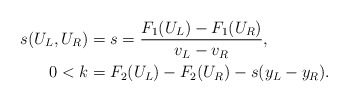
\begin{align*}s_{}(U_L,U_R)&=s=\frac{F_1(U_L)-F_1(U_R)}{v_{L}-v_{R}}, \\0<k&=F_2(U_L)-F_2(U_R)-s(y_{L}-y_{R}).\end{align*}